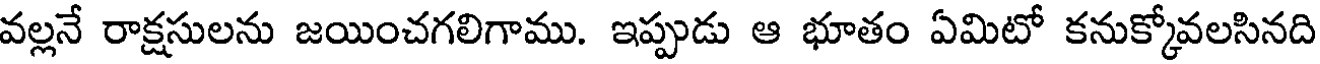
వల్లనే రాక్షసులను జయించగలిగాము. ఇప్పుడు ఆ భూతం ఏమిటో కనుక్కోవలసినది